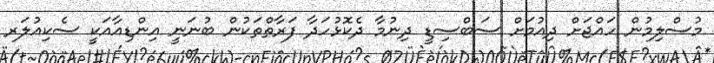
މުސްލިމުން ހައްޖަށް ދިއުމަށް ސަބްސިޑީ ދިނުމާ ދެކޮޅުހަދާ ފަރާތްތަކުން ބުނަނީ އިންޑިއާއަކީ ސެކިއުލަރ